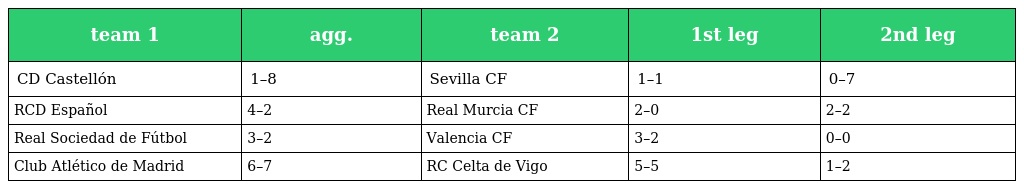
| team 1 | agg. | team 2 | 1st leg | 2nd leg |
 | --- | --- | --- | --- | --- |
 | CD Castellón | 1–8 | Sevilla CF | 1–1 | 0–7 |
 | RCD Español | 4–2 | Real Murcia CF | 2–0 | 2–2 |
 | Real Sociedad de Fútbol | 3–2 | Valencia CF | 3–2 | 0–0 |
 | Club Atlético de Madrid | 6–7 | RC Celta de Vigo | 5–5 | 1–2 |